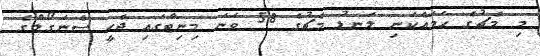
މި މެޗުގެ ހަމައެކަނި ލަނޑު މެޗުގެ 58 ވަނަ މިނިޓްގައި ޖެހީ ސެނަގޯލްގެ